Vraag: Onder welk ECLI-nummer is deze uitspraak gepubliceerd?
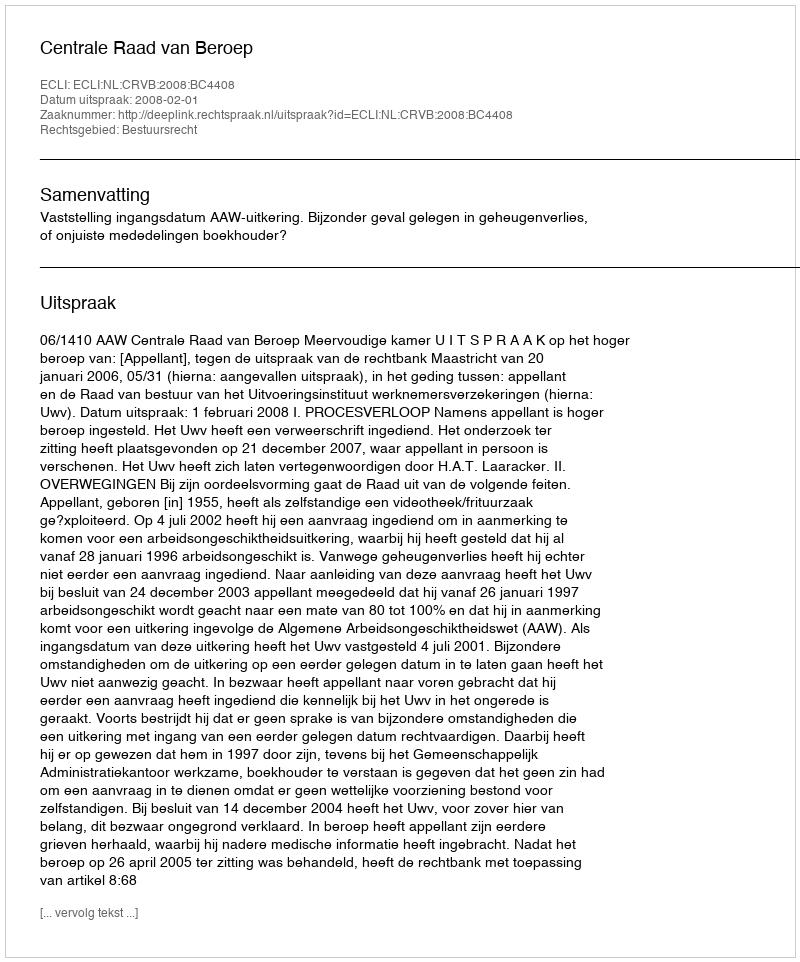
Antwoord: ECLI:NL:CRVB:2008:BC4408